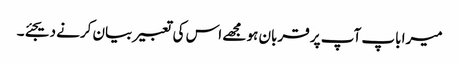
میرا باپ آپ پر قربان ہو مجھے اس کی تعبیر بیان کرنے دیجئے۔